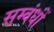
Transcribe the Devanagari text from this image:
सम्बंधोंं